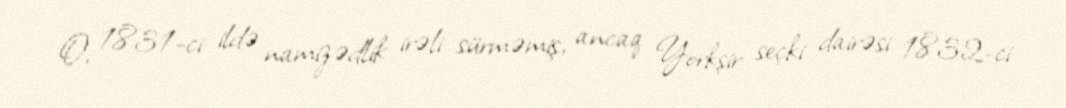
O, 1831-ci ildə namizədlik irəli sürməmiş, ancaq Yorkşir seçki dairəsi 1832-ci